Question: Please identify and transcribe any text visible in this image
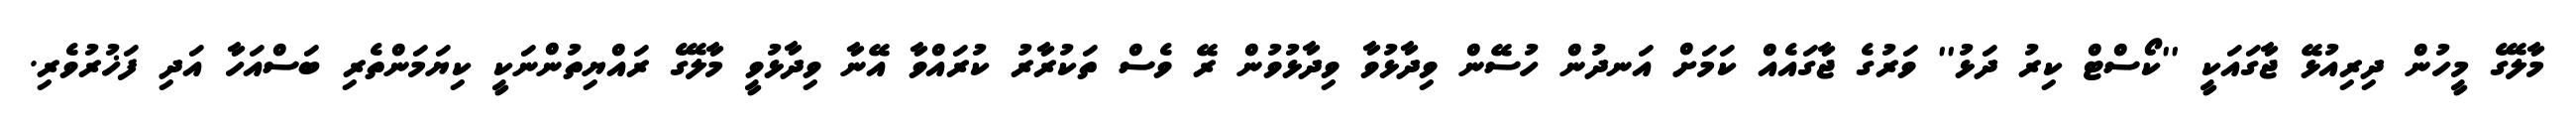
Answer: މާލޭގެ މީހުން ދިރިއުޅޭ ޖާގައަކީ ''ކޯސްޓް ކިރު ދަޅު'' ވަރުގެ ޖާގައެއް ކަމަށް އަނދުން ހުސޭން ވިދާޅުވާ ވިދާޅުވުން ރޭ ވެސް ތަކުރާރު ކުރައްވާ އޭނާ ވިދާޅުވީ މާލޭގެ ރައްޔިތުންނަކީ ކިޔަމަންތެރި ބަސްއަހާ އަދި ފަޚުރުވެރި.